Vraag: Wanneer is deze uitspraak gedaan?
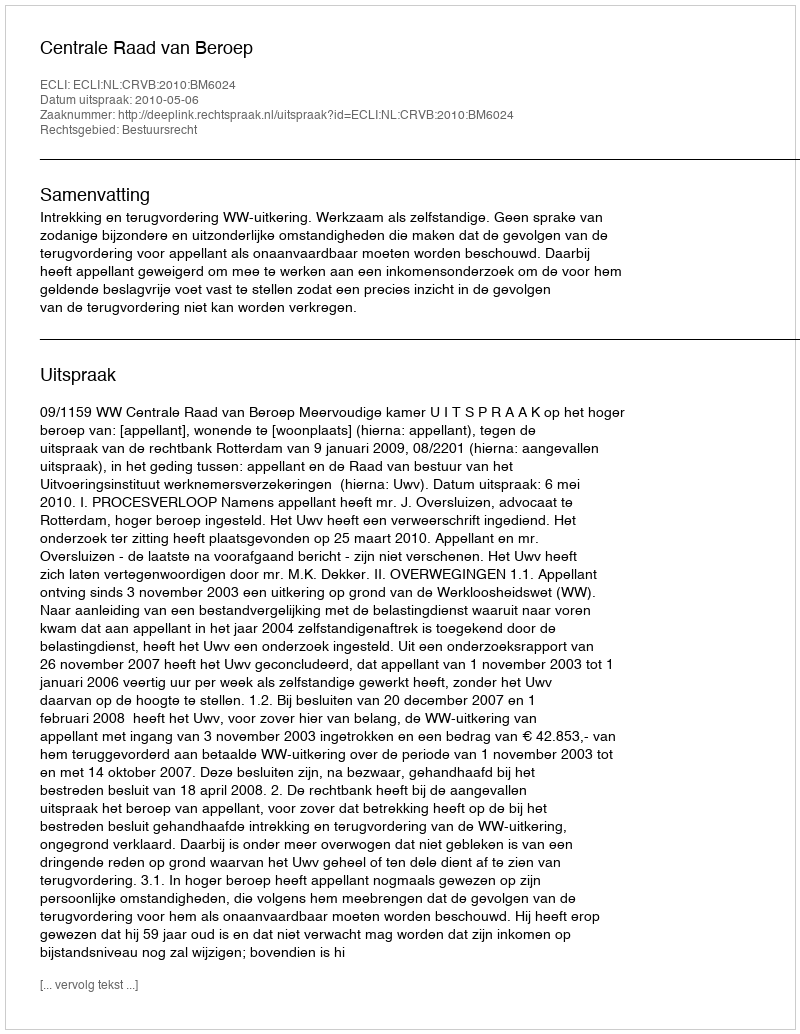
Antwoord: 2010-05-06